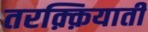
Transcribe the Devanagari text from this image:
तरक़्क़ियाती